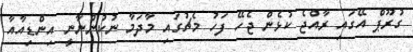
ގުރޫޕް އޭގައި ރާއްޖެ ކުޅެން ޖެހޭ ފަހު މެޗުގައި މާދަމާ ނުކުންނާނީ އިންޑިއާއާ